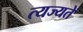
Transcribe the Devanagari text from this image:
त्यज्यते